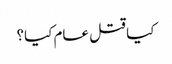
کیا قتل عام کیا؟